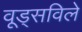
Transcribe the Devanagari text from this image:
वूड्सविले